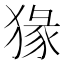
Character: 猭